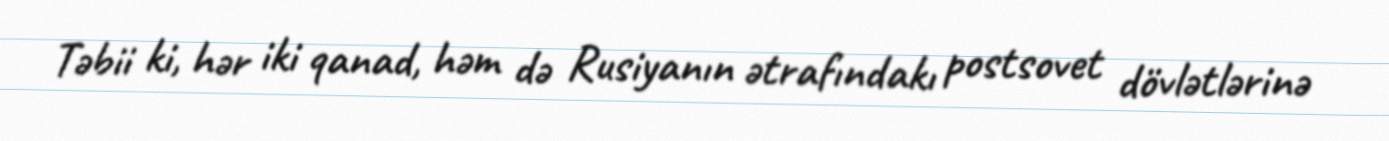
Təbii ki, hər iki qanad, həm də Rusiyanın ətrafındakı postsovet dövlətlərinə